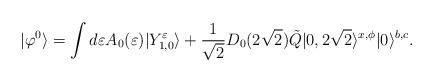
LaTeX: \begin{align*}|\varphi^0 \rangle =\int d\varepsilon A_0 (\varepsilon )|Y^\varepsilon _{1,0}\rangle +\frac{1}{\sqrt{2}}D_0 (2\sqrt{2}) \tilde{Q}|0,2\sqrt{2}\rangle^{x,\phi}|0\rangle^{b,c}.\end{align*}